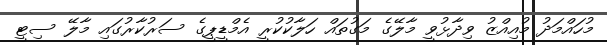
މުހައްމަދު މުއިއްޒު ވިދާޅުވީ މާލޭގެ މަގުތައް ހަލާކުކުރީ އެމްޑީޕީގެ ސަރުކާރުގައި މާލޭ ސިޓީ